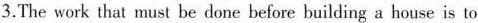
3.The work that must be done before building a house is to